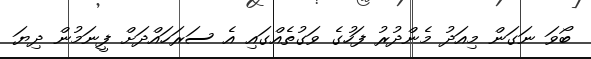
ބޯވަ ނަގަން މިއަދު މެންދުރު ފަހުގެ ވަގުތެއްގައި އެ ސަރަހައްދަށް ފީނަމުން ދިޔަ